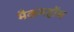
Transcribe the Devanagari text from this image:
मैकमहोंस